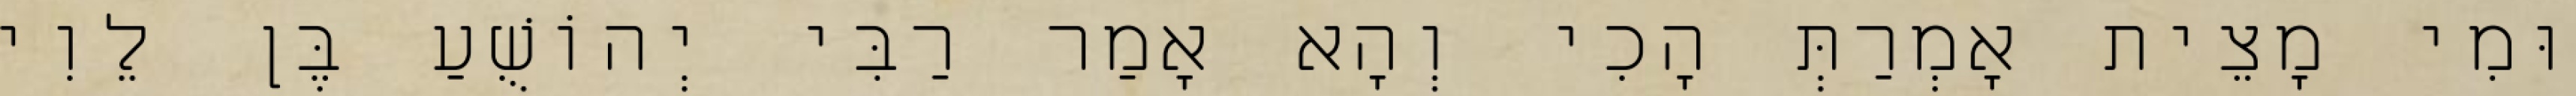
וּמִי מָצֵית אָמְרַתְּ הָכִי וְהָא אָמַר רַבִּי יְהוֹשֻׁעַ בֶּן לֵוִי